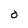
Character: O